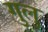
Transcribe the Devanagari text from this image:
गुलु